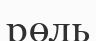
рөль